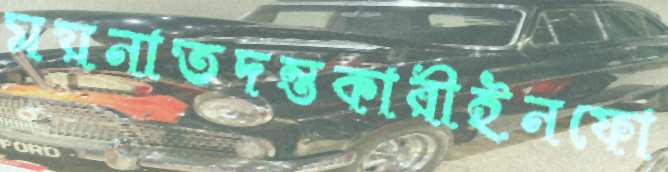
ময়নাতদন্তকারীইনফো